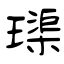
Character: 璖